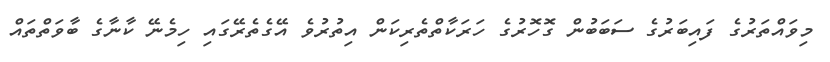
މިވައްތަރުގެ ފައިބަރުގެ ސަބަބުން ގޮހޮރުގެ ހަރަކާތްތެރިކަން އިތުރުވެ އޭގެތެރޭގައި ހިމެނޭ ކާނާގެ ބާވަތްތައް